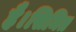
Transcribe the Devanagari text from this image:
है।सिमित